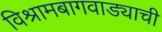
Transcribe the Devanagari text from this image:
विश्रामबागवाड्याची